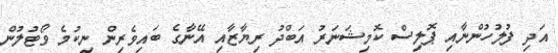
އަދި ފުލުހުންނާއި ޕޮލިސް ކޮމިޝަނަރު އަބްދު ރިޔާޒާއި އޭނާގެ ބައިވެރިން ނިކުމެ ވޯޓުލުން